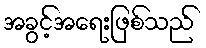
အခွင့်အရေးဖြစ်သည်